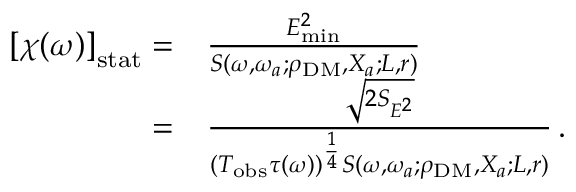
\begin{array} { r l } { \left[ \chi ( \omega ) \right] _ { \mathrm { s t a t } } = } & { \frac { E _ { \mathrm { m i n } } ^ { 2 } } { S ( \omega , \omega _ { a } ; \rho _ { \mathrm { D M } } , X _ { a } ; L , r ) } \, } \\ { = } & { \frac { \sqrt { 2 S _ { E ^ { 2 } } } } { ( T _ { \mathrm { o b s } } \tau ( \omega ) ) ^ { \frac { 1 } { 4 } } S ( \omega , \omega _ { a } ; \rho _ { \mathrm { D M } } , X _ { a } ; L , r ) } \, . } \end{array}